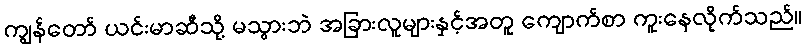
ကျွန်တော် ယင်းမာဆီသို့ မသွားဘဲ အခြားလူများနှင့်အတူ ကျောက်စာ ကူးနေလိုက်သည်။